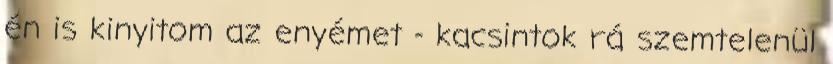
én is kinyitom az enyémet - kacsintok rá szemtelenül